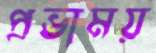
প্রভাময়